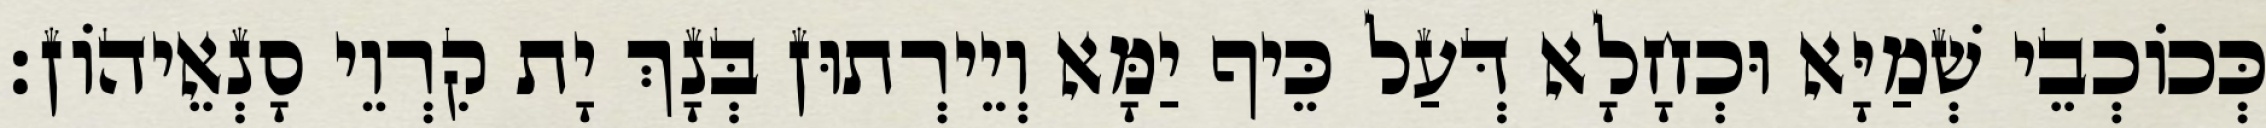
כְּכוֹכְבֵי שְׁמַיָּא וּכְחָלָא דְּעַל כֵּיף יַמָּא וְיֵירְתוּן בְּנָךְ יָת קִרְוֵי סָנְאֵיהוֹן׃